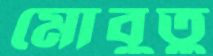
মোবুতু